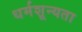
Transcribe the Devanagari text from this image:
धर्मशून्यता